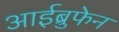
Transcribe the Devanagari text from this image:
आईब्रुफेन